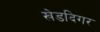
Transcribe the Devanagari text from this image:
खेडदिगर